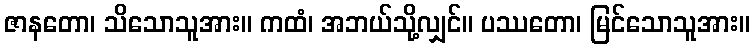
ဇာနတော၊ သိသောသူအား။ ကထံ၊ အဘယ်သို့လျှင်။ ပဿတော၊ မြင်သောသူအား။